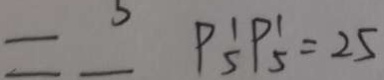
= 5 P ^ { 1 } _ { 5 } P ^ { 1 } _ { 5 } = 2 5